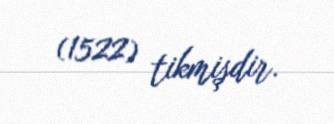
(1522) tikmişdir.